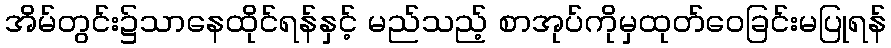
အိမ်တွင်း၌သာနေထိုင်ရန်နှင့် မည်သည့် စာအုပ်ကိုမှထုတ်ဝေခြင်းမပြုရန်